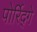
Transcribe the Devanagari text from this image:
पोर्रिद्गे